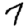
Digit: 7